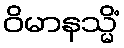
ဝိမာနသ္မိံ